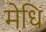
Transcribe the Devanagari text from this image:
मेधि